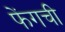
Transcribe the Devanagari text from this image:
फेंगची